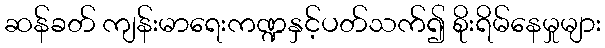
ဆန်ခတ် ကျန်းမာရေးကဏ္ဍနှင့်ပတ်သက်၍ စိုးရိမ်နေမှုများ